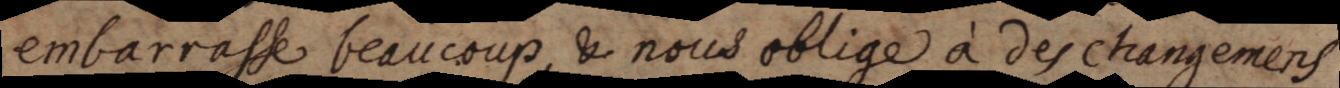
embarrasse beaucoup, & nous oblige à des changemens